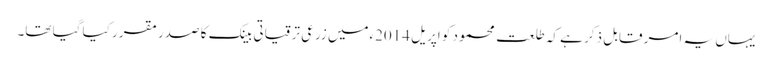
یہاں یہ امر قابل ذکر ہے کہ طلعت محمود کو اپریل 2014ءمیں زرعی ترقیاتی بینک کا صدر مقرر کیا گیا تھا۔